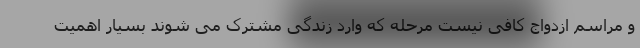
و مراسم ازدواج کافی نیست مرحله که وارد زندگی مشترک می شوند بسیار اهمیت